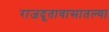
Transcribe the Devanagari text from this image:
राजदूतावासातल्या